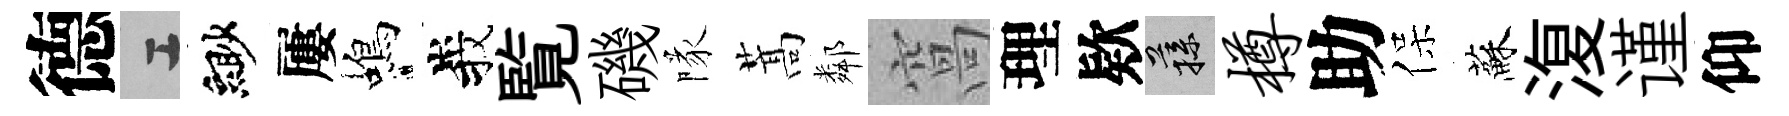
德工緲屢蝎峩覧磯隊蒿鄰窩理欵蓀樽助保蘇𣸪谨仰